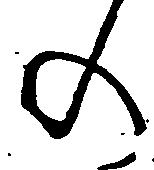
の